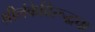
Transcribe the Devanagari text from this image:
श्रीलंकेविरूद्धचा